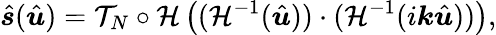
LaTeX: \hat{\boldsymbol s}(\hat{\boldsymbol u})=\mathcal{T}_{N}\circ\mathcal{H}\left((\mathcal{H}^{-1}(\hat{\boldsymbol u}))\cdot(\mathcal{H}^{-1}(i\boldsymbol k\hat{\boldsymbol u}))\right),